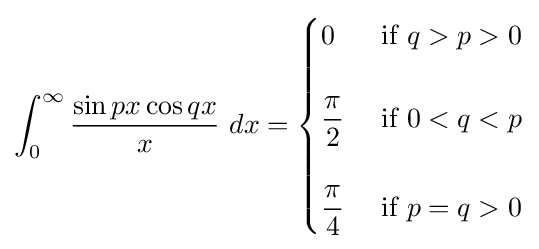
\int _{0}^{\infty }{\frac {\sin px\cos qx}{x}}\ dx={\begin{cases}0&{\text{ if }}q>p>0\\\\{\dfrac {\pi }{2}}&{\text{ if }}0<q<p\\\\{\dfrac {\pi }{4}}&{\text{ if }}p=q>0\end{cases}}